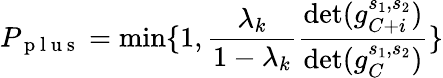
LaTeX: P_{\mathrm{~p~l~u~s~}}=\operatorname*{min}\{ 1,\frac{\lambda_{k}}{1-\lambda_{k}}\frac{\operatorname*{det}(g_{C+i}^{s_{1},s_{2}})}{\operatorname*{det}(g_{C}^{s_{1},s_{2}})}\}